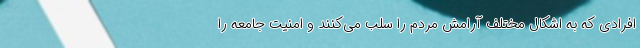
افرادی که به اشکال مختلف آرامش مردم را سلب می‌کنند و امنیت جامعه را